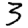
Digit: 3